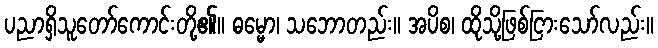
ပညာရှိသူတော်ကောင်းတို့၏။ ဓမ္မော၊ သဘောတည်း။ အပိစ၊ ထိုသို့ဖြစ်ငြားသော်လည်း။